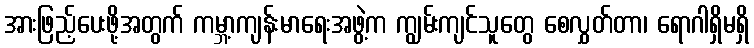
အားဖြည့်ပေးဖို့အတွက် ကမ္ဘာ့ကျန်းမာရေးအဖွဲ့က ကျွမ်းကျင်သူတွေ စေလွှတ်တာ၊ ရောဂါရှိမရှိ